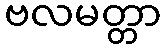
ဗလမတ္တာ